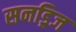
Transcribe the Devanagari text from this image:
सनड्रिज